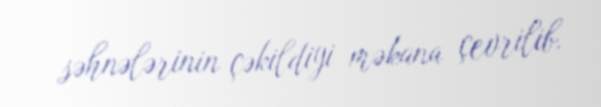
səhnələrinin çəkildiyi məkana çevrilib.